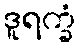
ဒူရက္ခံ